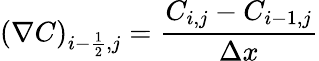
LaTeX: \left(\nabla C\right)_{i-\frac{1}{2},j}=\frac{C_{i,j}-C_{i-1,j}}{\Delta x}